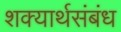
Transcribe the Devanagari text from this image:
शक्यार्थसंबंध